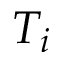
T _ { i }